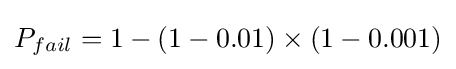
P_{fail}=1-(1-0.01)\times (1-0.001)